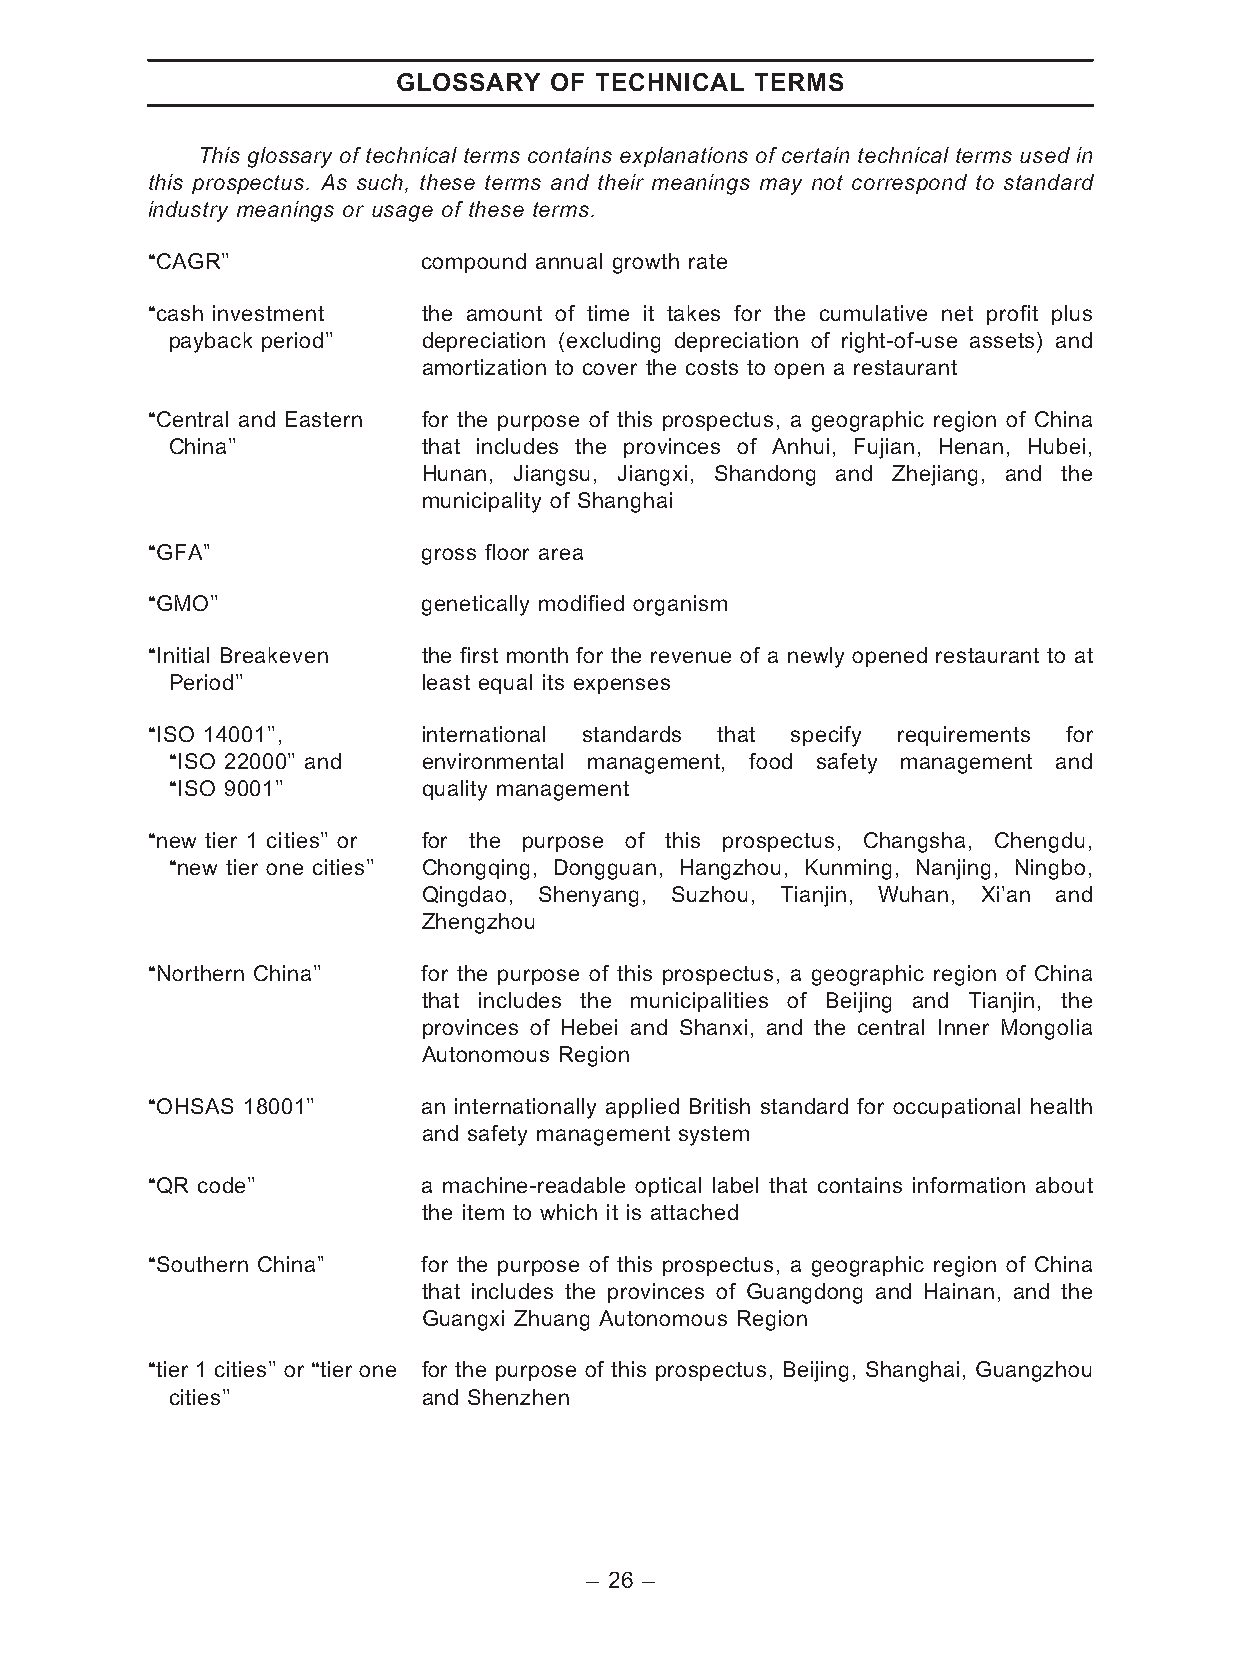
GLOSSARY  OF TECHNICAL  TERMS
 This glossary of technical terms contains explanations of certain technical terms used in
 this prospectus. As such, these terms and their meanings may not correspond to standard
 industry meanings or usage of these terms.
 ‘‘CAGR’’          compound annual growth rate
 ‘‘cash investment the amount of time it takes for the cumulative net profit plus
 payback period’’ depreciation (excluding depreciation of right-of-use assets) and
 amortization to cover the costs to open a restaurant
 ‘‘Central and Eastern for the purpose of this prospectus, a geographic region of China
 China’’          that includes the provinces of Anhui, Fujian, Henan, Hubei,
 Hunan, Jiangsu, Jiangxi, Shandong and Zhejiang, and the
 municipality of Shanghai
 ‘‘GFA’’           gross floor area
 ‘‘GMO’’           genetically modified organism
 ‘‘Initial Breakeven the first month for the revenue of a newly opened restaurant to at
 Period’’         least equal its expenses
 ‘‘ISO 14001’’,    international standards that specify requirements for
 ‘‘ISO 22000’’ and environmental management, food safety management and
 ‘‘ISO 9001’’     quality management
 ‘‘new tier 1 cities’’ or for the purpose of this prospectus, Changsha, Chengdu,
 ‘‘new tier one cities’’ Chongqing, Dongguan, Hangzhou, Kunming, Nanjing, Ningbo,
 Qingdao, Shenyang, Suzhou, Tianjin, Wuhan, Xi’an and
 Zhengzhou
 ‘‘Northern China’’ for the purpose of this prospectus, a geographic region of China
 that includes the municipalities of Beijing and Tianjin, the
 provinces of Hebei and Shanxi, and the central Inner Mongolia
 Autonomous Region
 ‘‘OHSAS 18001’’   an internationally applied British standard for occupational health
 and safety management system
 ‘‘QR code’’       a machine-readable optical label that contains information about
 the item to which it is attached
 ‘‘Southern China’’ for the purpose of this prospectus, a geographic region of China
 that includes the provinces of Guangdong and Hainan, and the
 Guangxi Zhuang Autonomous Region
 ‘‘tier 1 cities’’ or ‘‘tier one for the purpose of this prospectus, Beijing, Shanghai, Guangzhou
 cities’’         and Shenzhen
 – 26 –